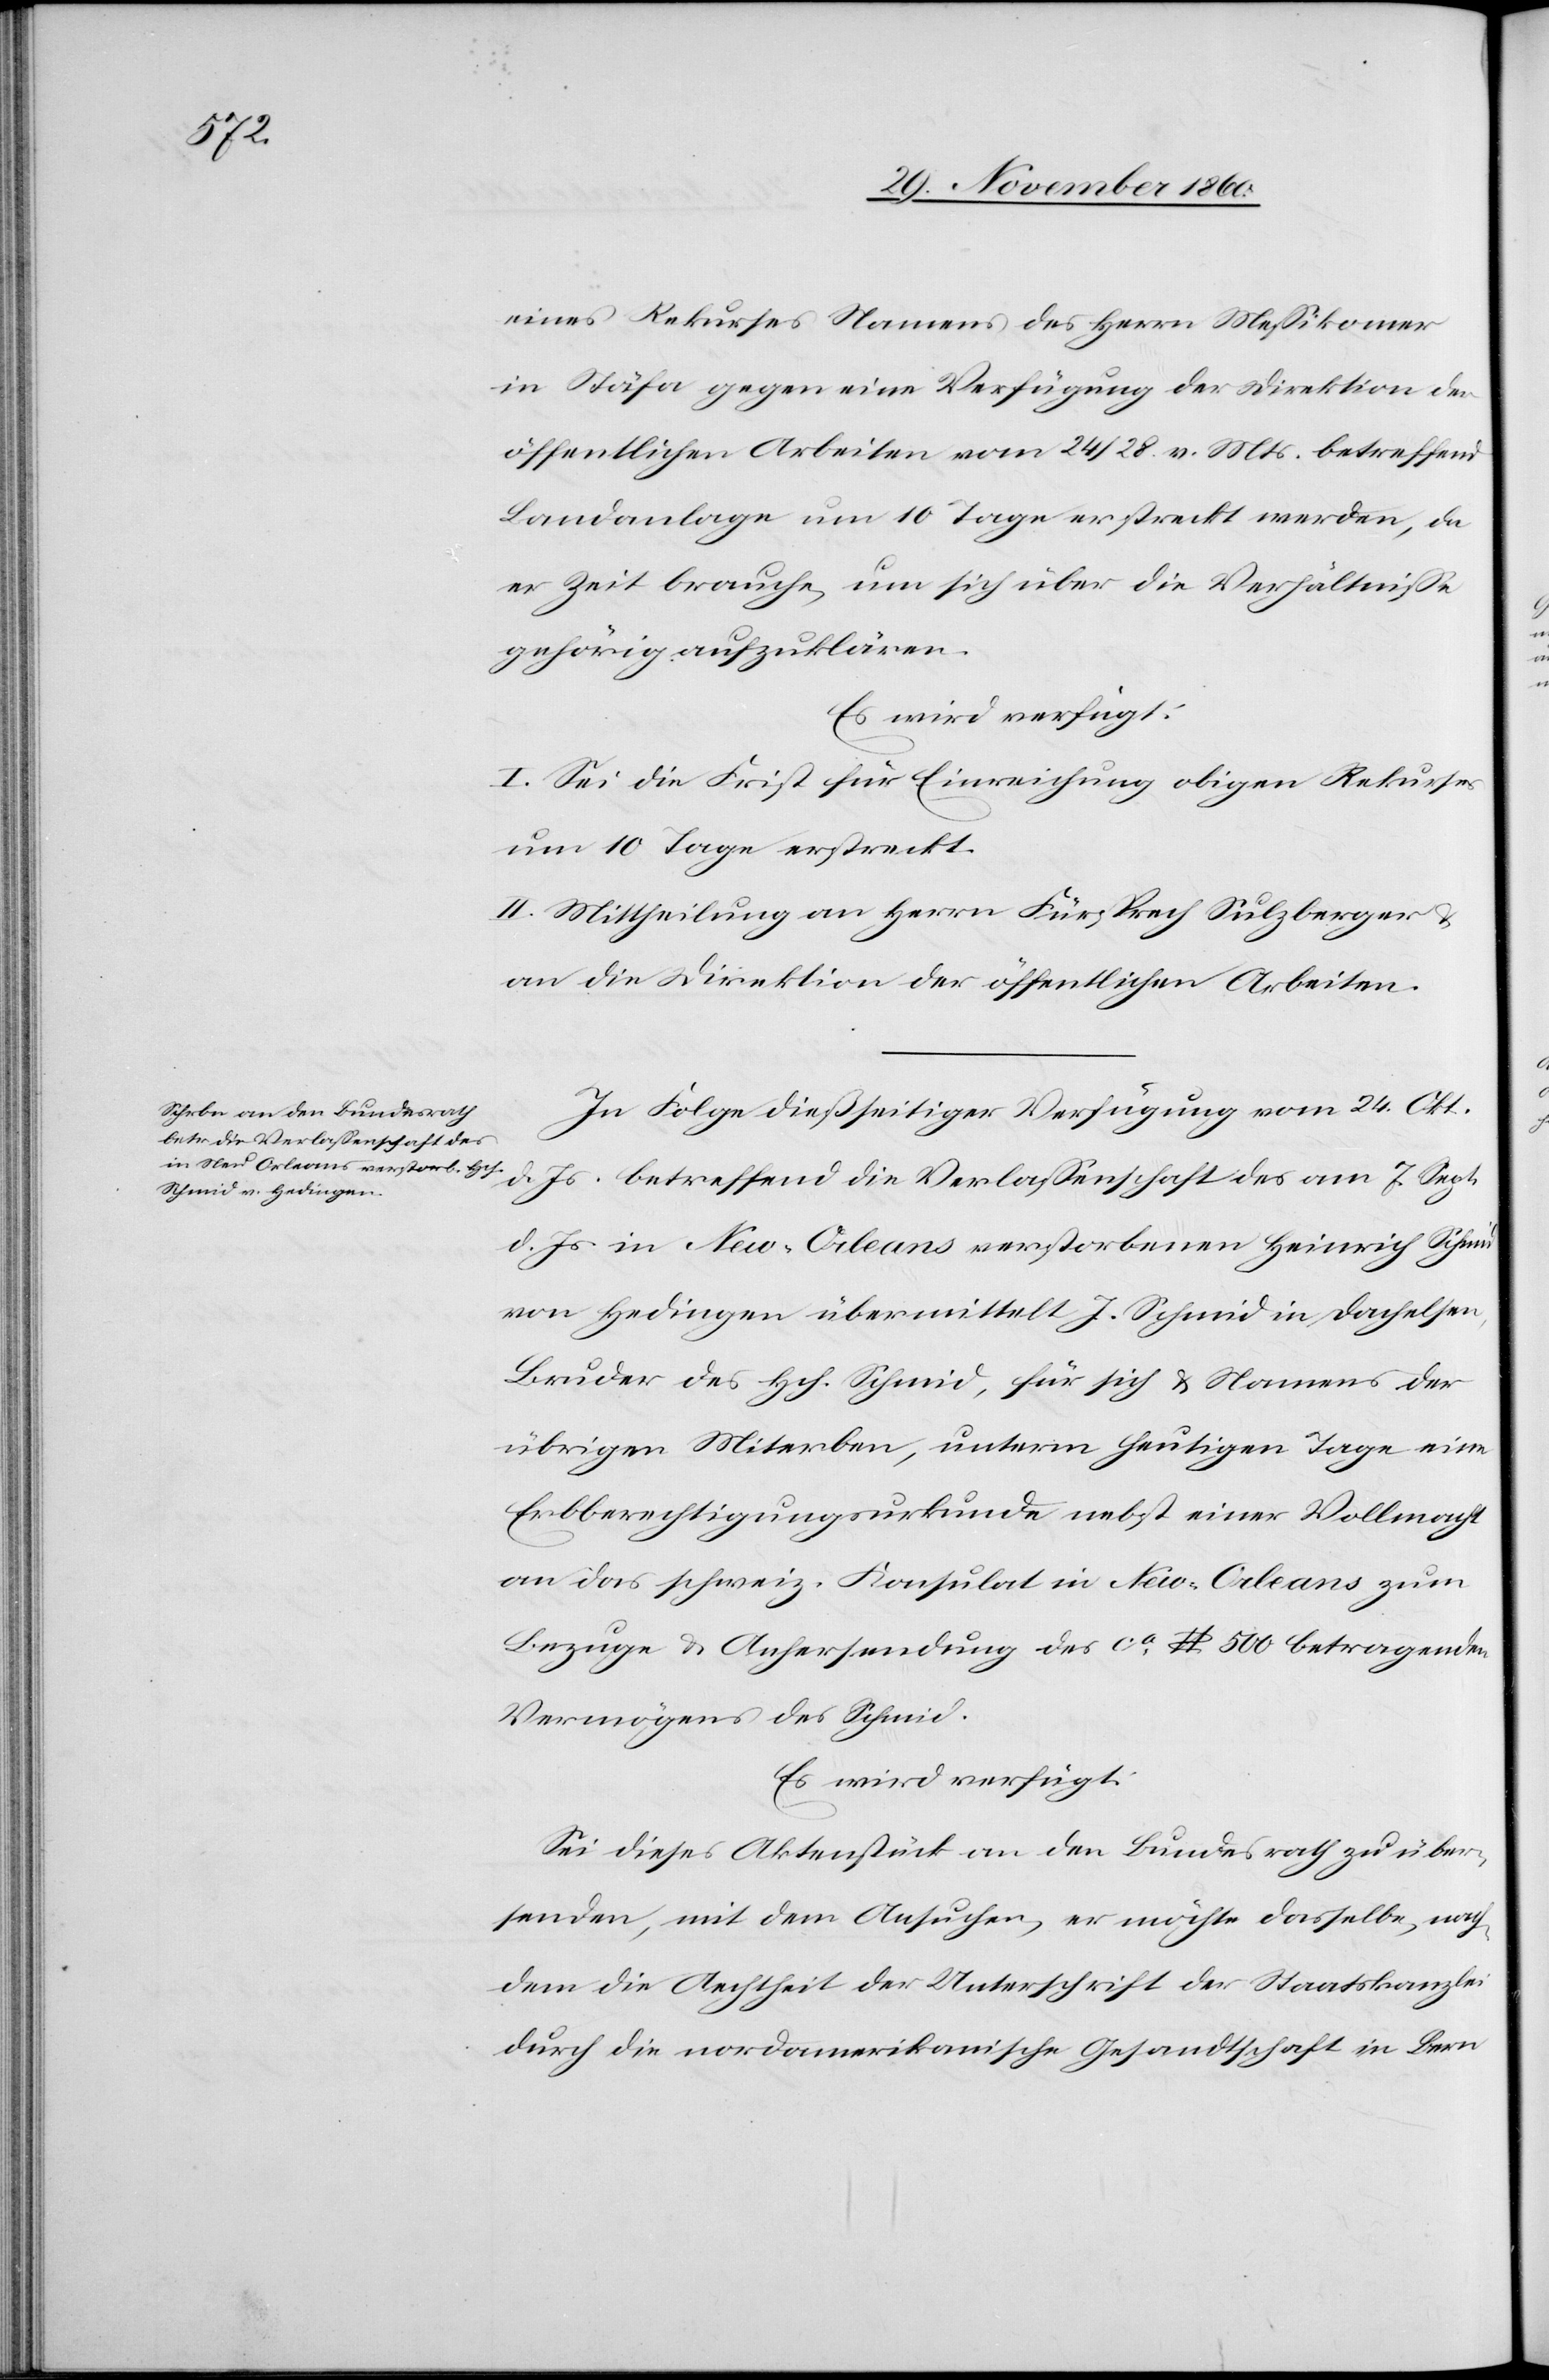
4. December 1860.]
eines Rekurses Namens des Herrn Messikomer
in Stäfa gegen eine Verfügung der Direktion der
öffentlichen Arbeiten vom 24/28. v. Mts. betreffend
Landanlage um 10 Tage erstreckt werden, da
er Zeit brauche, um sich über die Verhältnisse
gehörig aufzuklären.
Es wird verfügt:
I. Sei die Frist für Einreichung obigen Rekurses
um 10 Tage erstreckt.
II. Mittheilung an Herrn Fürsprech Sulzberger u.
an die Direktion der öffentlichen Arbeiten.
In Folge dießseitiger Verfügung vom 24. Okt.
d. Js. betreffend die Verlassenschaft des am 7. Sept.
d. Js. in New-Orleans verstorbenen Heinrich Schmid
von Hedingen übermittel J. Schmid in Dachelsen,
Bruder des Hch. Schmid, für sich u. Namens der
übrigen Miterben, unterm heutigen Tage eine
Erbberechtigungsurkunde nebst einer Vollmacht
an das schweiz. Konsulat in New-Orleans zum
Bezuge u. Anhersendung des ca $ 500 betragenden
Vermögens des Schmid.
Es wird verfügt:
Sei dieses Aktenstück an den Bundesrath zu über¬
senden, mit dem Ansuchen, er möchte dasselbe, nach¬
dem die Aechtheit der Unterschrift der Staatskanzlei
durch die nordamerikanische Gesandtschaft in Bern